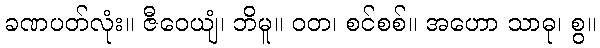
ခဏပတ်လုံး။ ဇီဝေယျံ၊ ဘိမူ။ ဝတ၊ စင်စစ်။ အဟော သာဓု၊ စွ။